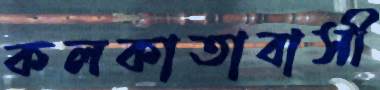
কলকাতাবাসী